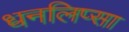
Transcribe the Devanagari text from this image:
धनलिप्सा